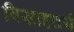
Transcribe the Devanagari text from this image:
विसाहचर्य